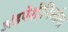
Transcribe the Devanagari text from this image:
अंडपेशीनिर्माता